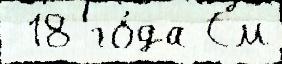
 18 го́да См